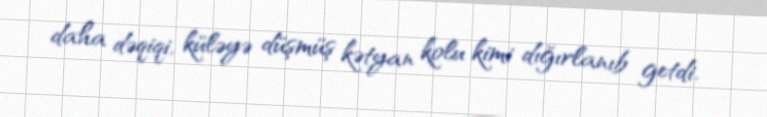
daha dəqiqi, küləyə düşmüş kətyan kolu kimi dığırlanıb getdi.